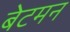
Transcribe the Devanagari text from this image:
बेटमन